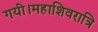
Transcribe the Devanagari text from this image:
गयी।महाशिवरात्रि